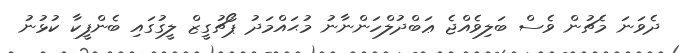
ދެވަނަ މެޗުން ވެސް ބަލިވެއްޖެ ޢަބްދުލްހަންނާނު މުޙައްމަދު ޕޯޗުގީޒް ލީގުގައި ބެންފީކާ ކުޅުނު